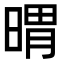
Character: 𣉌